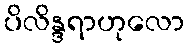
ပိလိန္ဒရာဟုလော